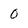
Character: 0